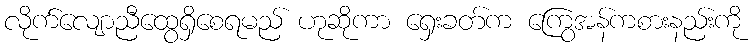
လိုက်လျောညီထွေရှိစေရမည် ဟုဆိုကာ ရှေးခတ်က ကြွေအန်ကစားနည်းကို